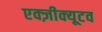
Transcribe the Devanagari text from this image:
एक्ज़ीक्यूटव